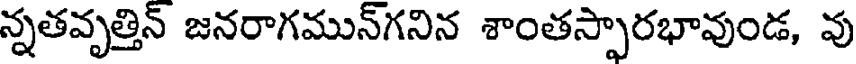
న్నతవృత్తిన్ జనరాగమున్గనిన శాంతస్పారభావుండ, వు